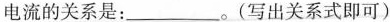
电流的关系是：___。(写出关系式即可)